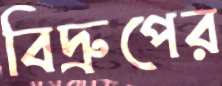
বিদ্রুপের